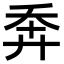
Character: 𢍃